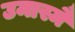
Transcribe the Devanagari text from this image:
उमास्मै